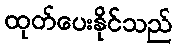
ထုတ်ပေးနိုင်သည်